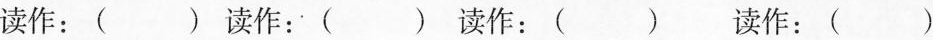
读作：（ ） 读作：（ ） 读作：（ ）读作：（ ）